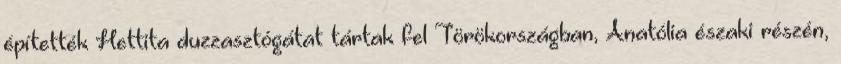
építették Hettita duzzasztógátat tártak fel Törökországban, Anatólia északi részén,